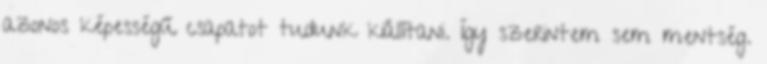
azonos képességű csapatot tudunk kiállítani. Így szerintem sem mentség.